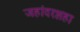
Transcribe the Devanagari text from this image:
जहांदरशहा